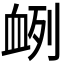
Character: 𮕠